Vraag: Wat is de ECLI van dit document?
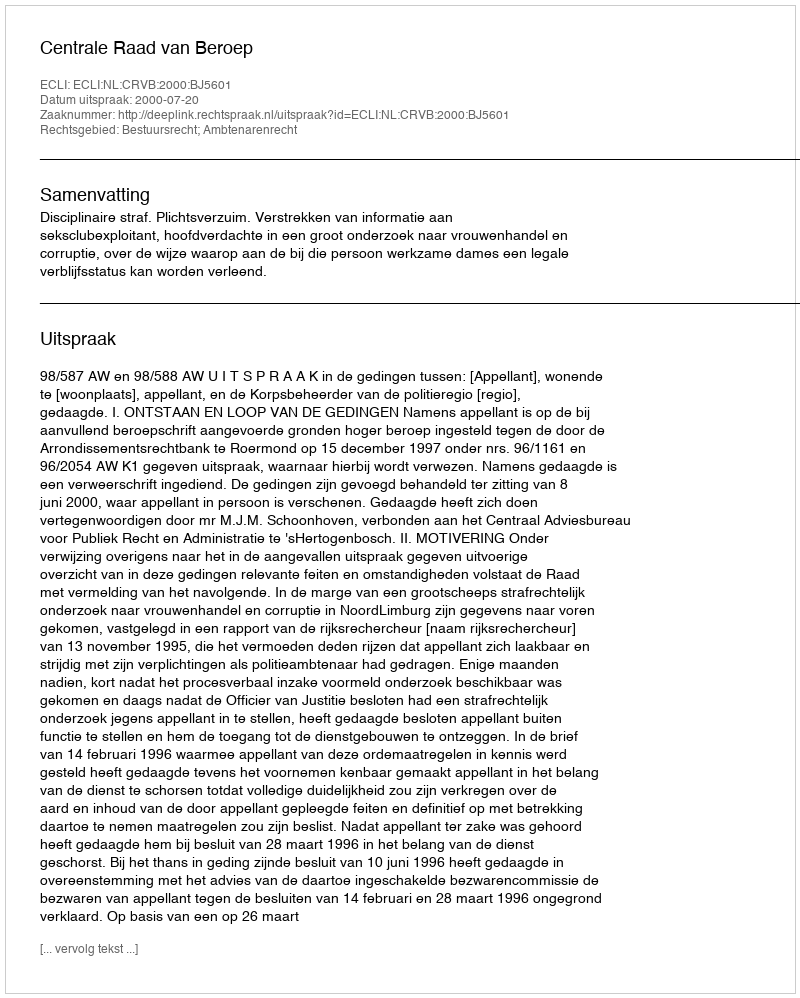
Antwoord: ECLI:NL:CRVB:2000:BJ5601